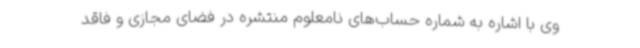
وی با اشاره به شماره ‌حساب‌های نامعلوم منتشره در فضای مجازی و فاقد